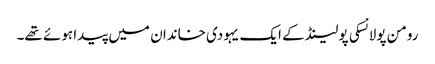
رومن پولانسکی پولینڈ کے ایک یہودی خاندان میں پیدا ہوئے تھے۔